Account of plague administration in the Bombay Presidency from September 1896 till May 1897
Year: 1896
Disease focus: Plague
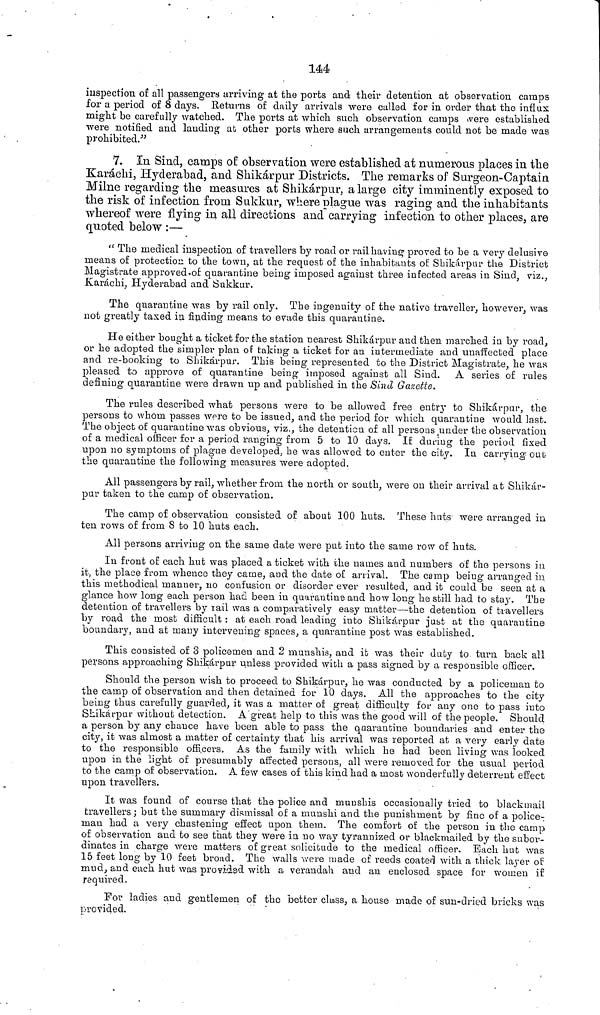
144
inspection oí all passengers arriving at the ports and their detention at observation camps
for a period of 8 days. Returns of daily arrivals were called for in order that the influx
might be carefully watched. The ports at which such observation camps were established
were notified and landing at other ports where such arrangements could not be made was
prohibited."
7. In Sind, camps of observation were established at numerous places in the
Karachi, Hyderabad, and Shikárpur Districts. The remarks of Surgeon-Captain
Milne regarding the measures at Shikárpur, a large city imminently exposed to
the risk of infection from Sukkur, where plague was raging and the inhabitants
whereof were flying in all directions and carrying infection to other places, are
quoted below :—
" The medical inspection of travellers by road or rail having proved to be a very delusive
means of protection to the town, at the request of the inhabitants of Shikárpur the District
Magistrate approved.of quarantine being imposed against three infected areas in Sind, viz.,
Karáchi, Hyderabad and Sukkur.
The quarantine was by rail only. The ingenuity of the native traveller, however, was
not greatly taxed in finding means to evade this quarantine.
He either bought a ticket for the station nearest Shikárpur and then marched in by road,
or he adopted the simpler plan of taking a ticket for an intermediate and unaffected place
and re-booking to Shikárpur. This being represented to the District Magistrate, he was
pleased to approve of quarantine being imposed against all Sind. A series of rules
defining quarantine were drawn up and published in the Sind Gazette.
The rules described what persons were to be allowed free entry to Shikárpur, the
persons to whom passes were to be issued, and the period for which quarantine would last.
The object of quarantine was obvious, viz., the detention of all persons , under the observation
of a medical officer for a period ranging from 5 to 10 days. If during the period fixed
upon no symptoms of plague developed, he was allowed to enter the city. In carrying out
the quarantine the following measures were adopted.
All passengers by rail, whether from the north or south, were on their arrival at Shikar-
pur taken to the camp of observation.
The camp of observation consisted of about 100 huts. These huts were arranged in
ten rows of from 8 to 10 huts each.
All persons arriving on the same date were put into the same row of huts.
In front of each hut was placed a ticket with the names and numbers of the persons in
it, the place from whence they came, and the date of arrival. The camp being arranged in
this methodical manner, no confusion or disorder ever resulted, and it could be seen at a
glance how long each person had been in quarantine and how long he still had to stay. The
detention of travellers by rail was a comparatively easy matter—the detention of travellers
by road the most difficult, : at each road leading into Shikárpur just at the quarantine
boundary, and at many intervening spaces, a quarantine post was established.
This consisted of 3 policemen and 2 munshis, and it was their duty to turn back all
persons approaching Shikárpur unless provided with a pass signed by a responsible officer.
Should the person wish to proceed to Shikárpur, he was conducted by a policeman to
the camp of observation and then detained for 10 days. All the approaches to the city
being thus carefully guarded, it was a matter of great difficulty for any one to pass into
Sbikarpur without detection. A great help to this was the good will of the people. Should
a person by any chance have been able to pass the quarantine boundaries and enter the
city, it was almost a matter of certainty that his arrival was reported at a very early date
to the responsible officers. As the family with which he had been living was looked
upon in the light of presumably affected persons, all were removed for the usual period
to the camp of observation. A few cases of this kind had a most wonderfully deterrent effect
upon travellers.
It was found of course that the police and munshis occasionally tried to blackmail
travellers ; but the summary dismissal of a munshi and the punishment by fine of a police-
man had a very chastening effect upon them. The comfort of the person in the camp
of observation and to see that they were in no way tyrannized or blackmailed by the subor-
dinates in charge were matters of great solicitude to the medical officer. Each hut was
15 feet long by 10 feet broad. The walls were made of reeds coated with a thick layer of
mud, and each hut was provided with a verandah and an enclosed space for women if
required.
For ladies and gentlemen of the better class, a house made of sun-dried bricks was
provided.